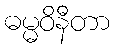
ဓမ္မဝိနီတာ